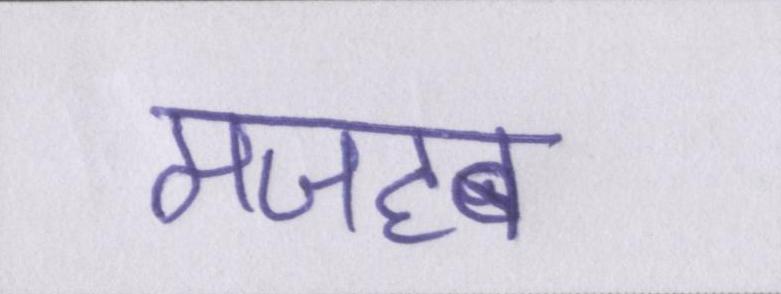
मजहब